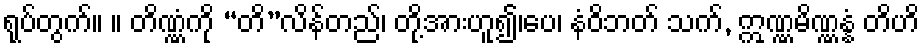
ရုပ်တွက်။ ။ တိဏ္ဏံကို “တိ”လိန်တည်၊ တို့အားဟူ၍၊ပေ၊ နံဝိဘတ် သက်, ဣဏ္ဏမိဏ္ဏန္နံ တိဟိ